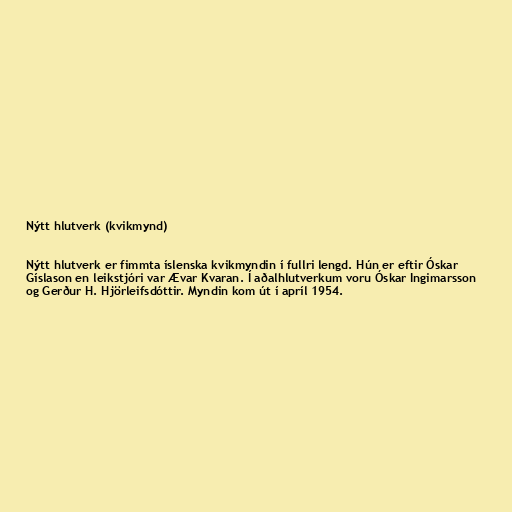
Nýtt hlutverk (kvikmynd)

Nýtt hlutverk er fimmta íslenska kvikmyndin í fullri lengd. Hún er eftir Óskar
Gíslason en leikstjóri var Ævar Kvaran. Í aðalhlutverkum voru Óskar Ingimarsson
og Gerður H. Hjörleifsdóttir. Myndin kom út í apríl 1954.